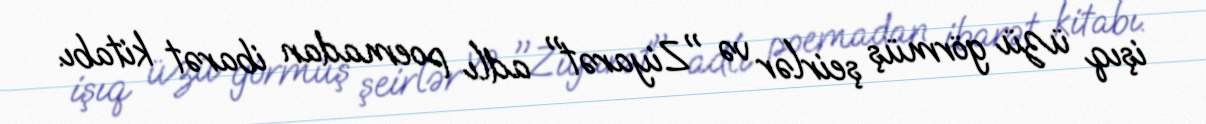
işıq üzü görmüş şeirlər və "Ziyarət" adlı poemadan ibarət kitabı.